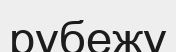
рубежу